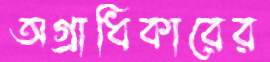
অগ্রাধিকারের